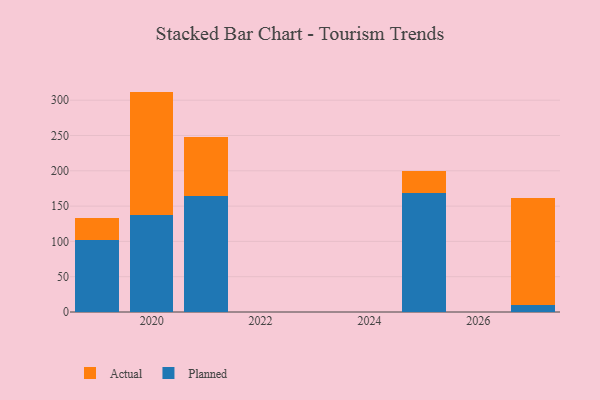
{"axis": {"x": "Year", "y": "Website Visitors"}, "legend": ["Actual", "Planned"], "data": [{"x": "2019", "y": 102.6, "type": "Planned"}, {"x": "2019", "y": 31.2, "type": "Actual"}, {"x": "2025", "y": 169.2, "type": "Planned"}, {"x": "2025", "y": 30.3, "type": "Actual"}, {"x": "2020", "y": 137.5, "type": "Planned"}, {"x": "2020", "y": 174.7, "type": "Actual"}, {"x": "2021", "y": 164.3, "type": "Planned"}, {"x": "2021", "y": 84.0, "type": "Actual"}, {"x": "2027", "y": 10.3, "type": "Planned"}, {"x": "2027", "y": 150.5, "type": "Actual"}]}